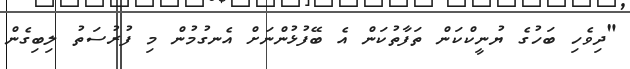
"ދިވެހި ބަހުގެ ޔުނީކްކަން ތަފާތުކަން އެ ބޭފުޅުންނަށް އެނގުމުން މި ފުރުސަތު ލިބިގެން